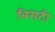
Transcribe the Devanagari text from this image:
बिसटी